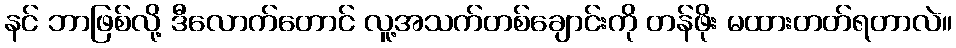
နင် ဘာဖြစ်လို့ ဒီလောက်တောင် လူ့အသက်တစ်ချောင်းကို တန်ဖိုး မထားတတ်ရတာလဲ။